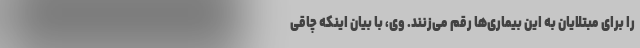
را برای مبتلایان به این بیماری‌ها رقم می‌زنند. وی، با بیان اینکه چاقی